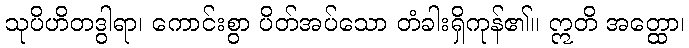
သုပိဟိတဒွါရာ၊ ကောင်းစွာ ပိတ်အပ်သော တံခါးရှိကုန်၏။ ဣတိ အတ္ထော၊